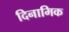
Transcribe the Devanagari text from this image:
दिनामिक